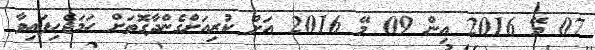
07 މޭ 2016 އިން 09 މޭ 2016 އަށް ކުރިއަށްގެންދާގޮތަށް ހަމަޖެހިފައިވާ